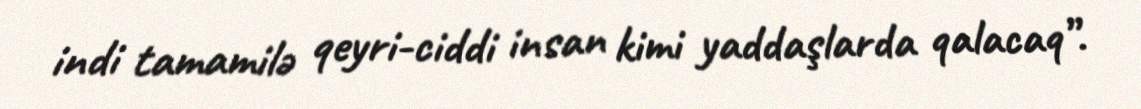
indi tamamilə qeyri-ciddi insan kimi yaddaşlarda qalacaq”.